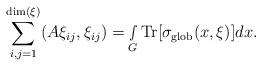
LaTeX: \begin{align*} \sum_{i,j=1}^{\textnormal{dim}(\xi)}(A\xi_{ij},\xi_{ij}) =\smallint\limits_{G}\textnormal{Tr}[\sigma_{\textnormal{glob}}(x,\xi)]dx.\end{align*}